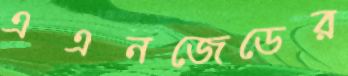
এএনজেডের